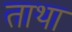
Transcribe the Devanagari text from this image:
ताथा